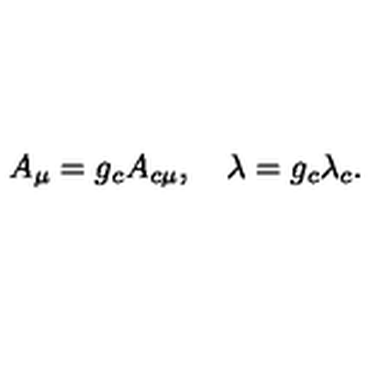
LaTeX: A _ { \mu } = g _ { c } A _ { c \mu } , \quad \lambda = g _ { c } \lambda _ { c } .